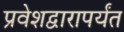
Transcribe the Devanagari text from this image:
प्रवेशद्वारापर्यंत